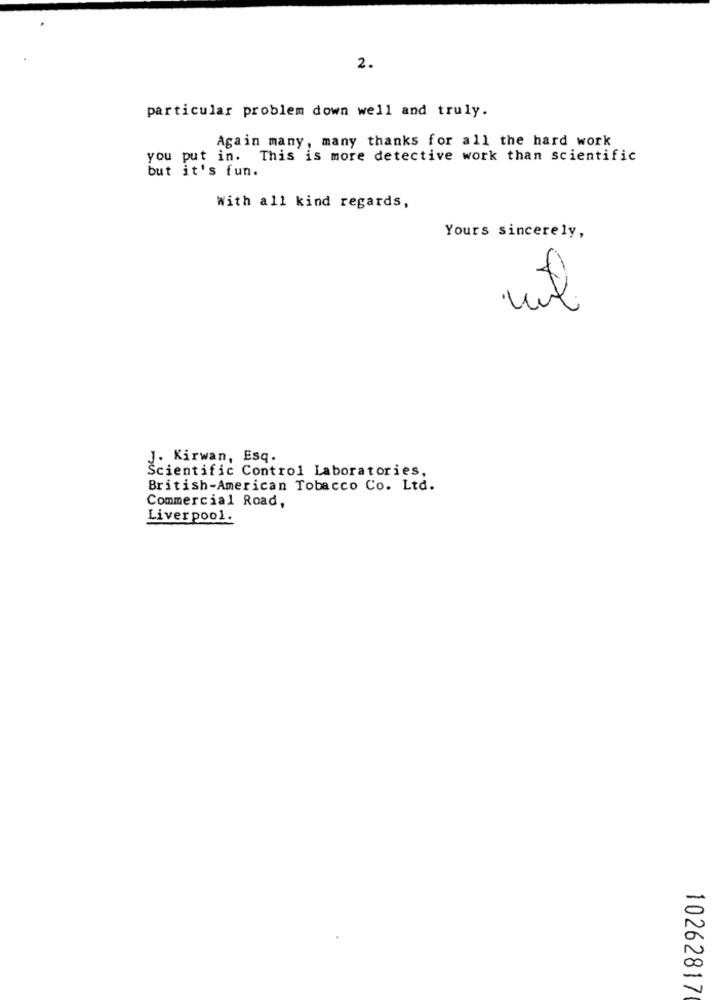
2.
particular problem down well and truly.
Again many, many thanks for all the hard work
you put in. This is more detective work than scientific
but it's fun.
With all kind regards,
Yours sincerely,
J. Kirwan, Esq.
Scientific Control Laboratories,
British-American Tobacco Co. Ltd.
Commercial Road,
Liverpool.
10262817